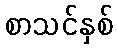
စာသင်နှစ်